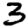
Digit: 3